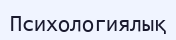
Психологиялық